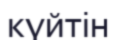
күйтін